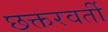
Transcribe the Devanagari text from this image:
छक्तरवर्ती